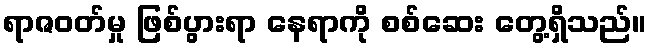
ရာဇဝတ်မှု ဖြစ်ပွားရာ နေရာကို စစ်ဆေး တွေ့ရှိသည်။